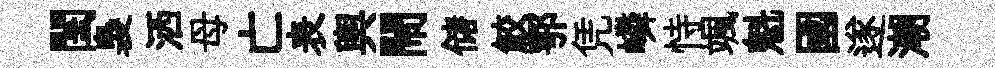
閨裊洒母亡表輿閙储鮫鄂凭嶙恃颯魁國遂潮